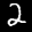
Label: 2